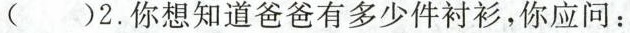
( )2.你想知道爸爸有多少件衬衫，你应问：